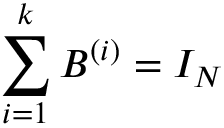
\sum _ { i = 1 } ^ { k } B ^ { ( i ) } = I _ { N }